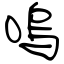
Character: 嗚